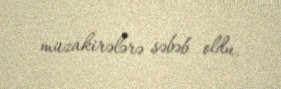
müzakirələrə səbəb oldu.